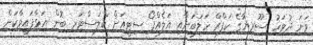
ވަނަ ދުވަހު ސޫރިޔާގެ ކަފްރް ހަލަބަށާއި އަލެއްޕޯ ސިޓީއަށް ކްލަސްޓަރ ބޮން އަޅާފައިވާކަން